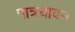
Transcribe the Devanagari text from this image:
पात्रधावन